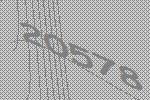
20578